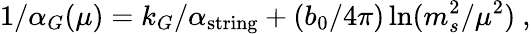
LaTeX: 1/\alpha_{G}(\mu)=k_{G}/\alpha_{\mathrm{string}}+({b_{0}/{4\pi}})\ln({m_{s}^{2}/\mu^{2}})~,